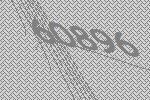
60896